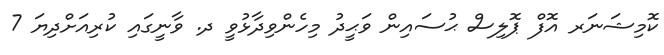
ކޮމިޝަނަރ އޮފް ޕޮލިސް ޙުސައިން ވަޙީދު މިހެންވިދާޅުވީ ދ. ވާނީގައި ކުރިއަށްދިޔަ 7